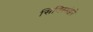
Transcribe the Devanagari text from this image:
सिगिस्मंडने